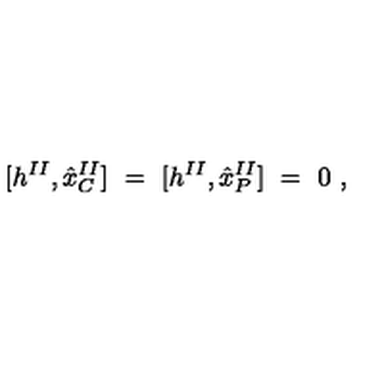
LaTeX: \lbrack h ^ { I I } , { \hat { x } } _ { C } ^ { I I } ] \ = \ [ h ^ { I I } , { \hat { x } } _ { P } ^ { I I } ] \ = \ 0 \ ,